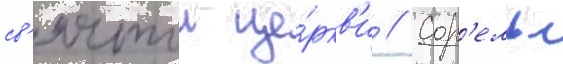
св'ятои це́ркв'и // Сор'ель